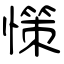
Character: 憡